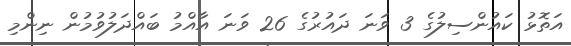
އަތޮޅު ކައުންސިލުގެ 3 ވަނަ ދައުރުގެ 26 ވަނަ އާއްމު ބައްދަލުވުމުން ނިންމި